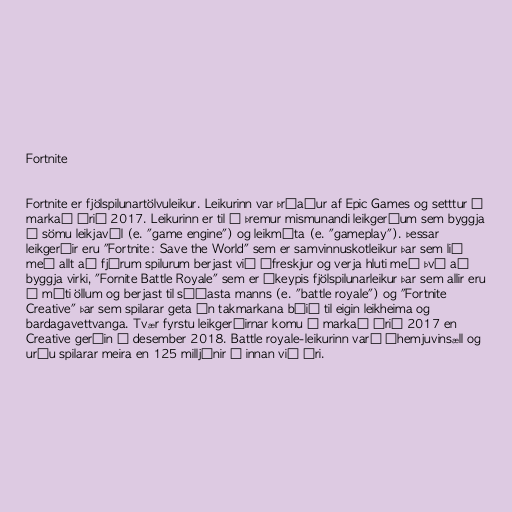
Fortnite

Fortnite er fjölspilunartölvuleikur. Leikurinn var þróaður af Epic Games og setttur á
markað árið 2017. Leikurinn er til í þremur mismunandi leikgerðum sem byggja
á sömu leikjavél (e. "game engine") og leikmáta (e. "gameplay"). Þessar
leikgerðir eru "Fortnite: Save the World" sem er samvinnuskotleikur þar sem lið
með allt að fjórum spilurum berjast við ófreskjur og verja hluti með því að
byggja virki, "Fornite Battle Royale" sem er ókeypis fjölspilunarleikur þar sem allir eru
á móti öllum og berjast til síðasta manns (e. "battle royale") og "Fortnite
Creative" þar sem spilarar geta án takmarkana búið til eigin leikheima og
bardagavettvanga. Tvær fyrstu leikgerðirnar komu á markað árið 2017 en
Creative gerðin í desember 2018. Battle royale-leikurinn varð óhemjuvinsæll og
urðu spilarar meira en 125 milljónir á innan við ári.